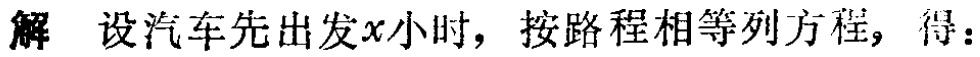
解 设汽车先出发\(x\)小时，按路程相等列方程，得：